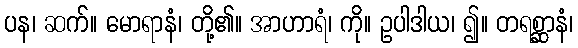
ပန၊ ဆက်။ မောရာနံ၊ တို့၏။ အာဟာရံ၊ ကို။ ဥပါဒါယ၊ ၍။ တရစ္ဆာနံ၊